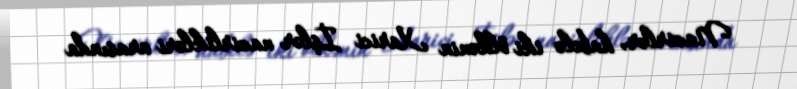
Nazirlər, habelə iki ölkənin Xarici İşlər nazirlikləri arasında